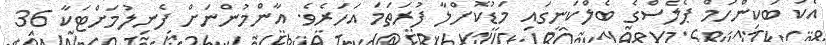
އެކު ބަކިންހަމް ޕެލެސްގެ ބެލްކަނީގައި މަޑުކޮށްލާ ފުރަތަމަ އަހަރެވެ. އާންމުންނަށް ފެނިލުމަށްޓަކާ 36